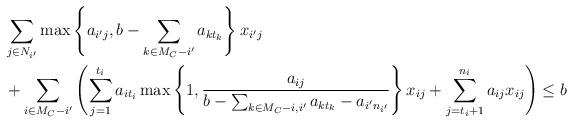
LaTeX: \begin{align*}& \sum_{j \in N_{i'}} \max \left\{a_{i'j}, b - \sum_{k \in M_C - i'} a_{k t_k} \right\} x_{i'j} \\& + \sum_{i \in M_C - i'} \left(\sum_{j =1}^{t_i} a_{i t_i} \max \left\{1, \frac{a_{ij}}{b - \sum_{k \in M_C - {i, i'}} a_{k t_k} - a_{i' n_{i'}}}\right\} x_{ij} + \sum_{j=t_i+1}^{n_i} a_{ij} x_{ij} \right) \leq b\end{align*}